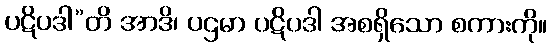
ပဋိပဒါ”တိ အာဒိ၊ ပဌမာ ပဋိပဒါ အစရှိသော စကားကို။